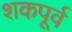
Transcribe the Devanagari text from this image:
शकपूर्व